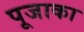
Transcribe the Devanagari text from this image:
पूजाका